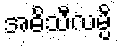
အဓိသီလမ္ပိ